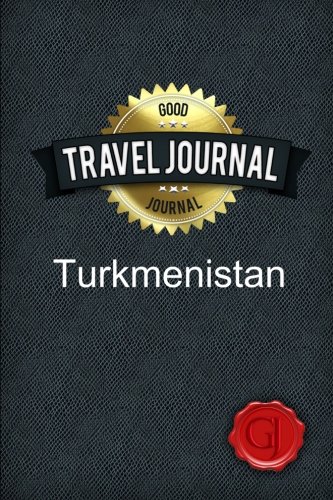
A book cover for Travel Journal Turkmenistan; Good Journal; Travel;